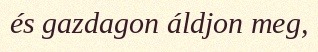
és gazdagon áldjon meg,